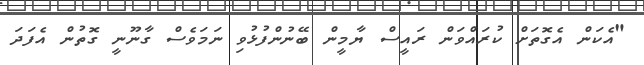
"އެކަން އެގޮތަށް ކުރައްވަން ރައީސް ޔާމީން ބޭނުންފުޅުވި ނަމަވެސް ގާނޫނީ ގޮތުން އެފަދަ